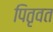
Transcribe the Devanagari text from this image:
पितृवत